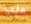
قلب